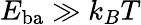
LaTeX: E_{\mathrm{ba}}\gg k_{B}T